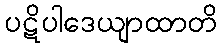
ပဋိပါဒေယျာထာတိ